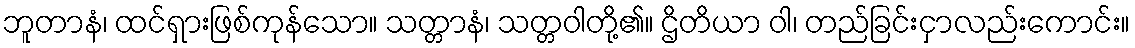
ဘူတာနံ၊ ထင်ရှားဖြစ်ကုန်သော။ သတ္တာနံ၊ သတ္တဝါတို့၏။ ဌိတိယာ ဝါ၊ တည်ခြင်းငှာလည်းကောင်း။